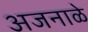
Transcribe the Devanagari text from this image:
अजनाळे